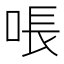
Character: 𫪛